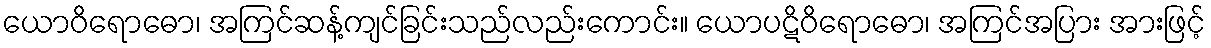
ယောဝိရောဓော၊ အကြင်ဆန့်ကျင်ခြင်းသည်လည်းကောင်း။ ယောပဋိဝိရောဓော၊ အကြင်အပြား အားဖြင့်